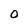
Character: 0